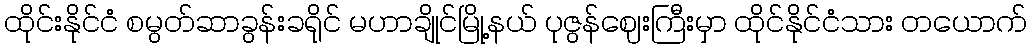
ထိုင်းနိုင်ငံ စမွတ်ဆာခွန်းခရိုင် မဟာချိုင်မြို့နယ် ပုဇွန်ဈေးကြီးမှာ ထိုင်နိုင်ငံသား တယောက်